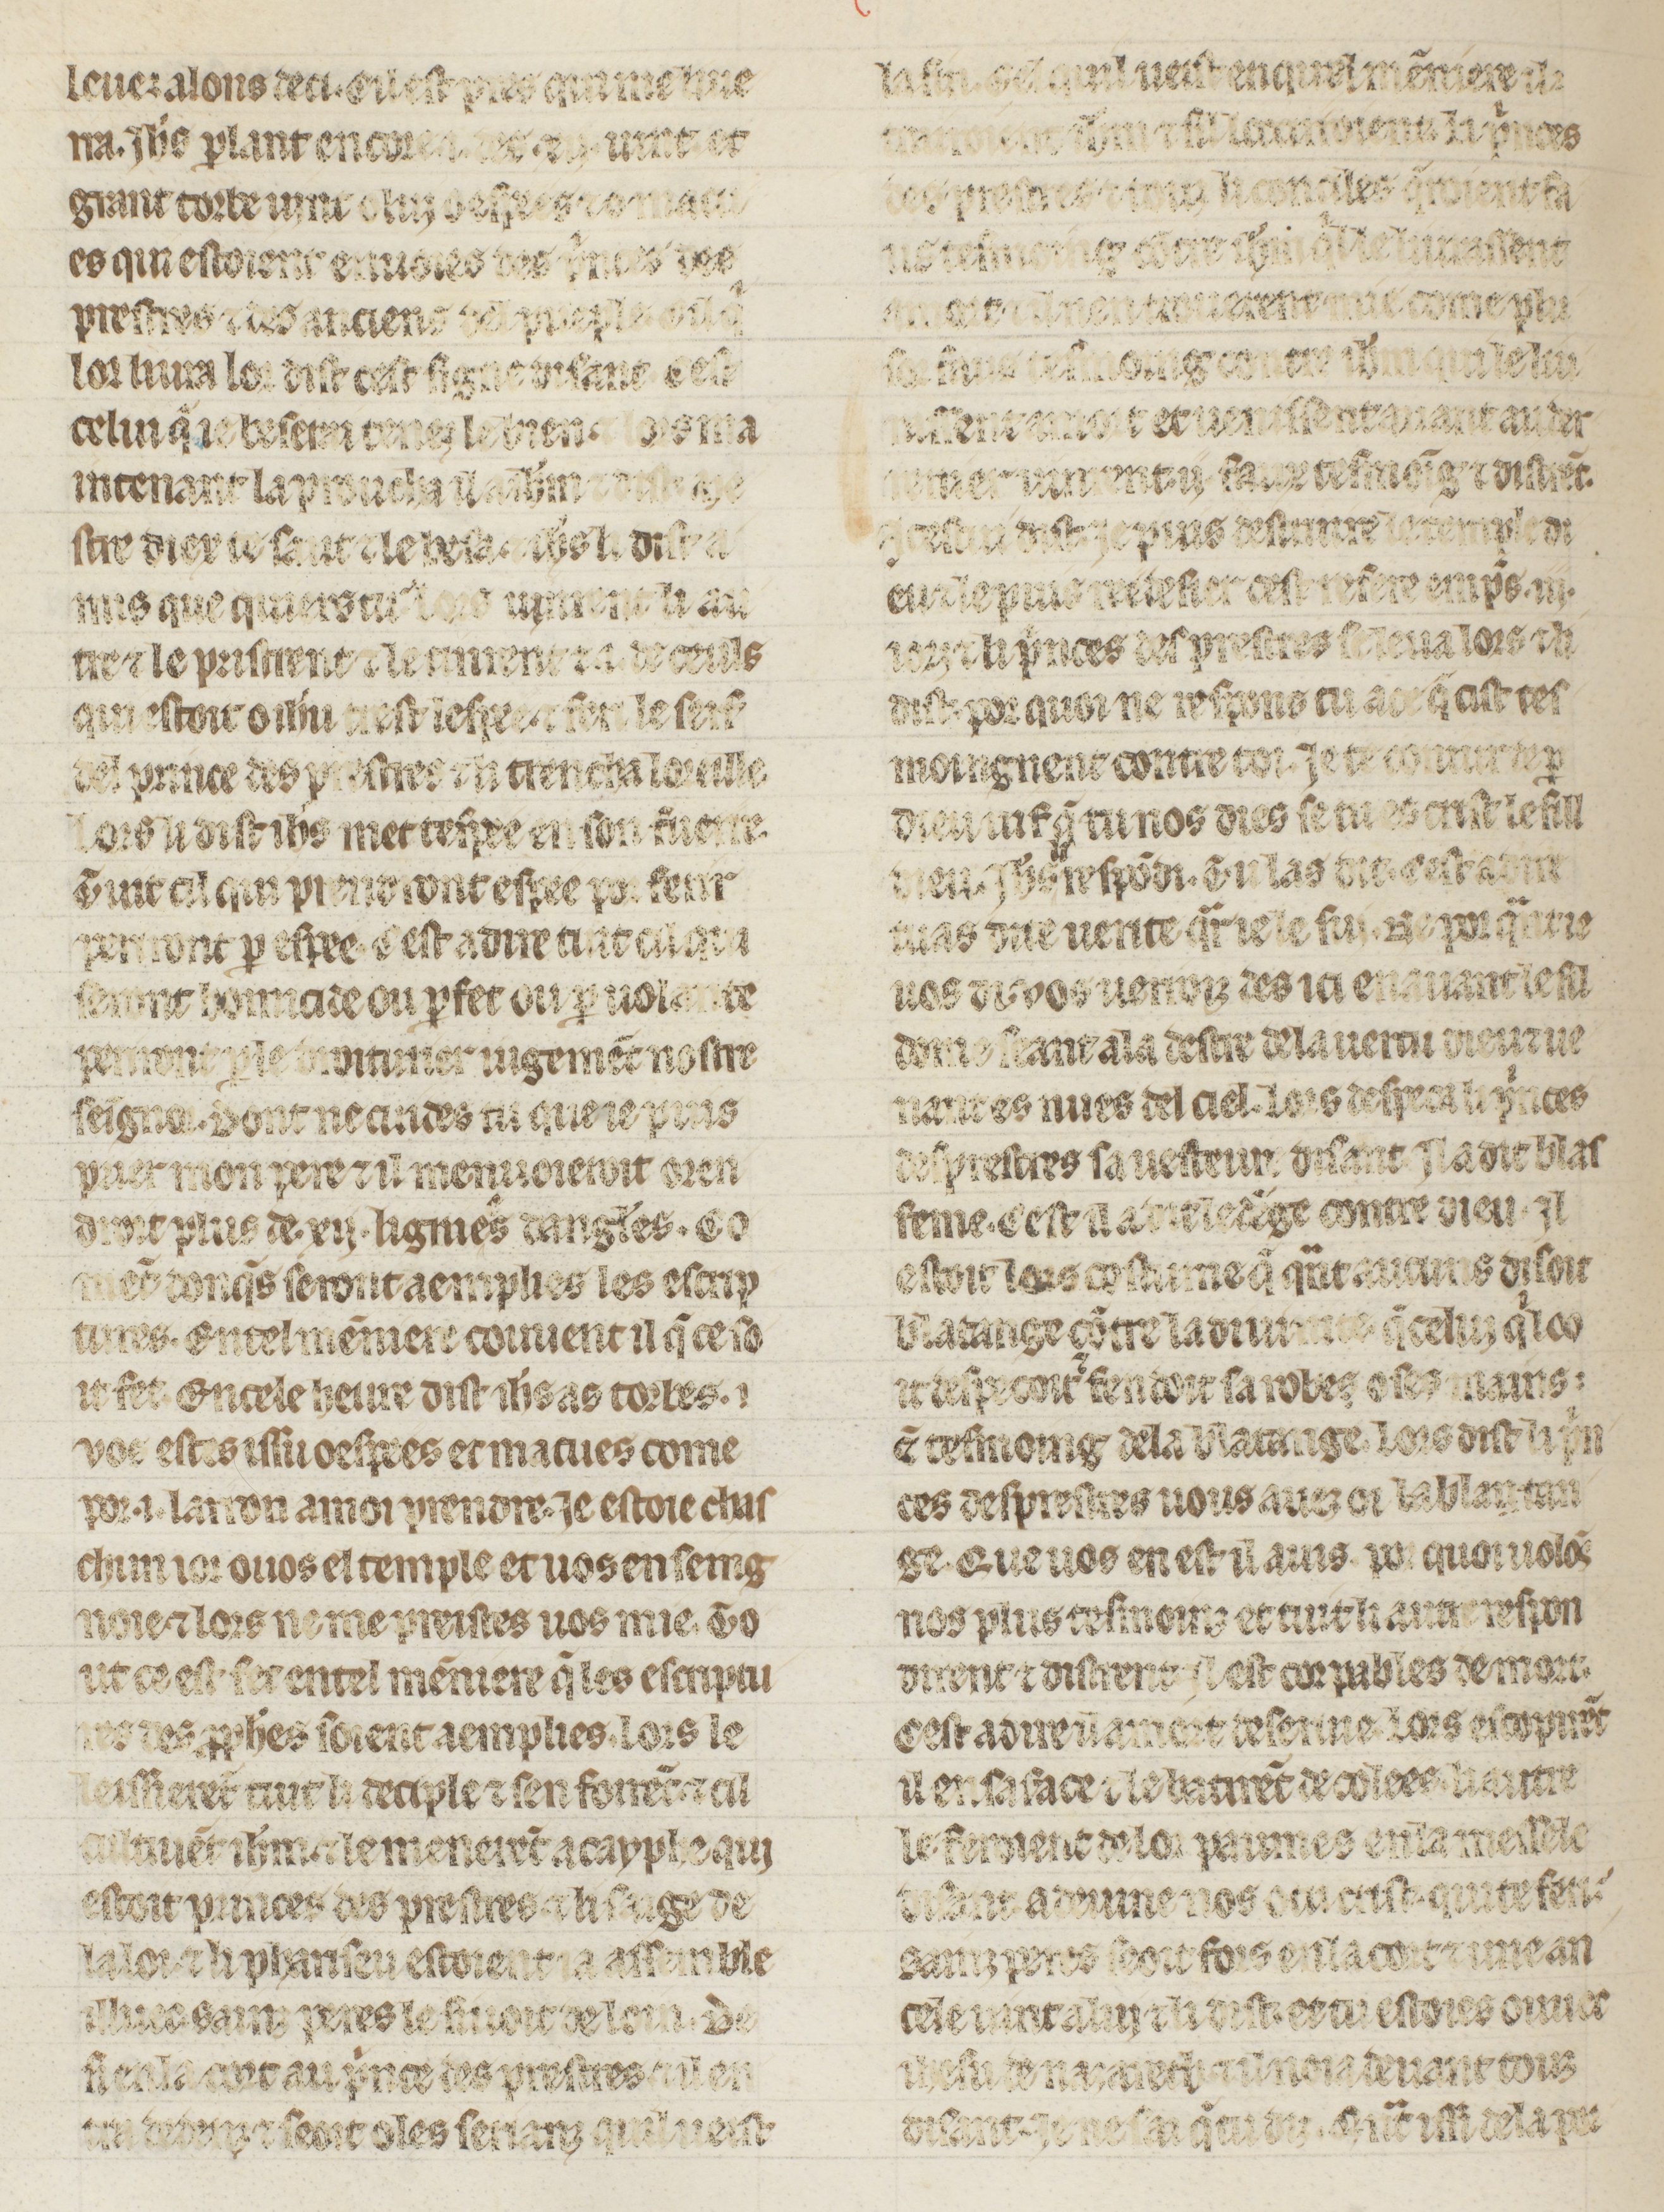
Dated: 1260–1269